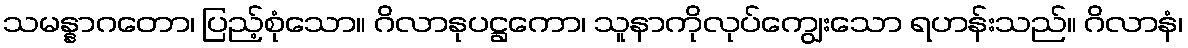
သမန္နာဂတော၊ ပြည့်စုံသော။ ဂိလာနုပဋ္ဌကော၊ သူနာကိုလုပ်ကျွေးသော ရဟန်းသည်။ ဂိလာနံ၊